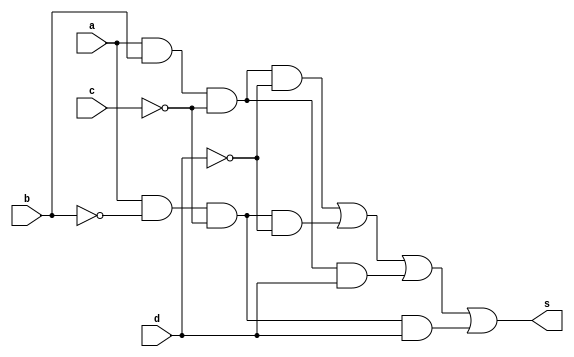
// ------------------------- 
// Correo da prova 
// Nome: Camila Guedes Silveira 
// ------------------------- 

module questaoJ (output s, input a, input b, input c, input d);
	wire s1, s2, s3, s4, s5, s6, a1, b1, c1, d1;
	
	not NOT1(a1, a);
	not NOT2(b1, b);
	not NOT3(c1, c);
	not NOT4(d1, d);
	
	// -- and AND1(s1, a1, b, c1, d1);
	and AND2(s2, a, b, c1, d1);
	and AND3(s3, a, b1, c1, d1);
	and AND4(s4, a, b, c1, d);
	and AND5(s5, a, b1, c1, d);
	// -- and AND6(s6, a, b, c, d1);
	
	or OR1(s, s2, s3, s4, s5);
	
endmodule // questaoJ

module Teste;

	reg a;
	reg b;
	reg c;
	reg d;
	wire s;

	questaoJ Teste (s,a,b,c,d);

	initial begin
		 a=0; b=0; c=0; d=0;
	end

	initial begin

		#1 $display ("Camila Guedes Silveira - 427393 ");
		#1 $display ("Questo J");
		#1 $display (" a | b | c | d | s2 ");
		$monitor   (" %b | %b | %b | %b |  %b ", a,b,c,d,s);
		   
		#1  a=0; b=0; c=0; d=1;
		#1  a=0; b=0; c=1; d=0; 
		#1  a=0; b=0; c=1; d=1; 
		#1  a=0; b=1; c=0; d=0; 
		#1  a=0; b=1; c=0; d=1; 
		#1  a=0; b=1; c=1; d=0; 
		#1  a=0; b=1; c=1; d=1; 
		#1  a=1; b=0; c=0; d=0; 
		#1  a=1; b=0; c=0; d=1;	
		#1  a=1; b=0; c=1; d=0;
		#1  a=1; b=0; c=1; d=1;
		#1  a=1; b=1; c=0; d=0;
		#1  a=1; b=1; c=0; d=1;
  		#1  a=1; b=1; c=1; d=0;
    	#1  a=1; b=1; c=1; d=1; 
   	
		
	end	
	endmodule